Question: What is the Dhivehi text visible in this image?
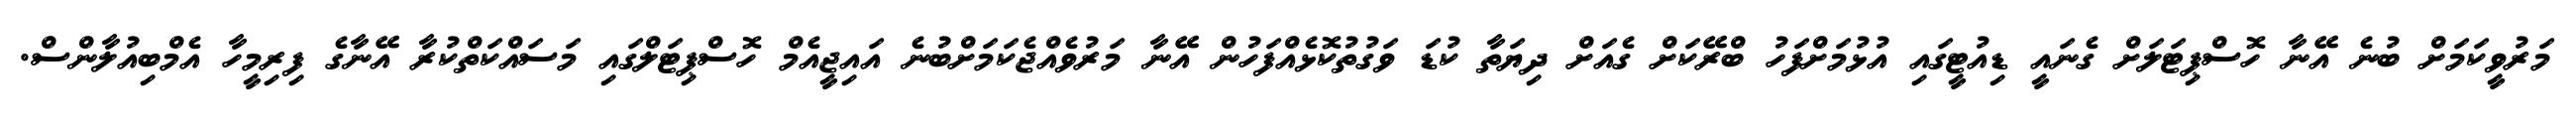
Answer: މަރުވީކަމަށް ބުނެ އޭނާ ހޮސްޕިޓަލަށް ގެނައީ ޑިއުޓީގައި އުޅުމަށްފަހު ބްރޭކަށް ގެއަށް ދިޔަތާ ކުޑަ ވަގުތުކޮޅެއްފަހުން އޭނާ މަރުވެއްޖެކަމަށްބުނެ އައިޖީއެމް ހޮސްޕިޓަލްގައި މަސައްކަތްކުރާ އޭނާގެ ފިރިމީހާ އެމްބިއުލާންސް.